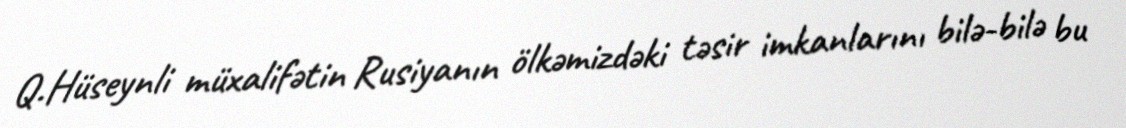
Q.Hüseynli müxalifətin Rusiyanın ölkəmizdəki təsir imkanlarını bilə-bilə bu